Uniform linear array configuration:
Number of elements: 16
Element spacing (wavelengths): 1
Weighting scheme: cosine
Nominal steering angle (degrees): -45
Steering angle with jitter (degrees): -46.128
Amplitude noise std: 0.05
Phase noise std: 0.05

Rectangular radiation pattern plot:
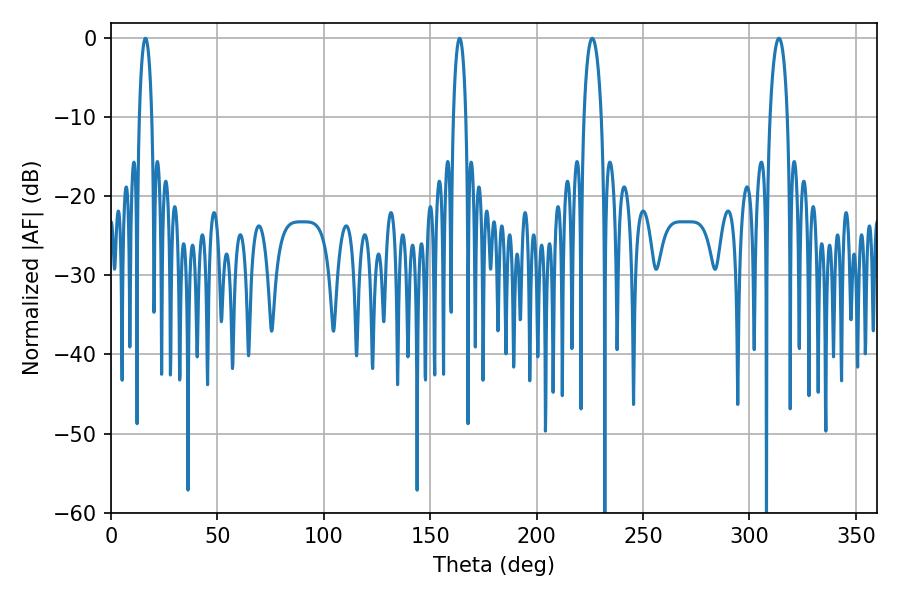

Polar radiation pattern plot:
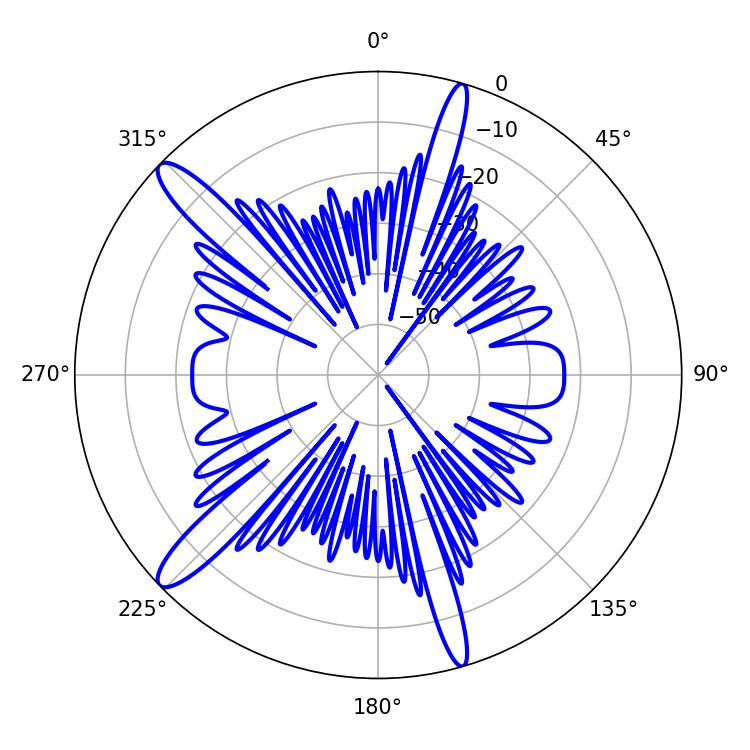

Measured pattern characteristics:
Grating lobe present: TRUE
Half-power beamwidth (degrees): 3.24
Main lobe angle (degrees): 16.2